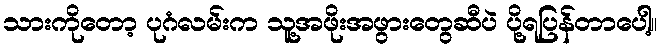
သားကိုတော့ ပုဂံလမ်းက သူ့အဖိုးအဖွားတွေဆီပဲ ပို့ရပြန်တာပေါ့။